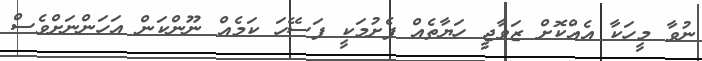
ނުވާ މީހަކާ އެއްކޮށް ޒަވާޖީ ހަޔާތެއް ފެށުމަކީ ފަސޭހަ ކަމެއް ނޫންކަން އަހަންނަށްވެސް